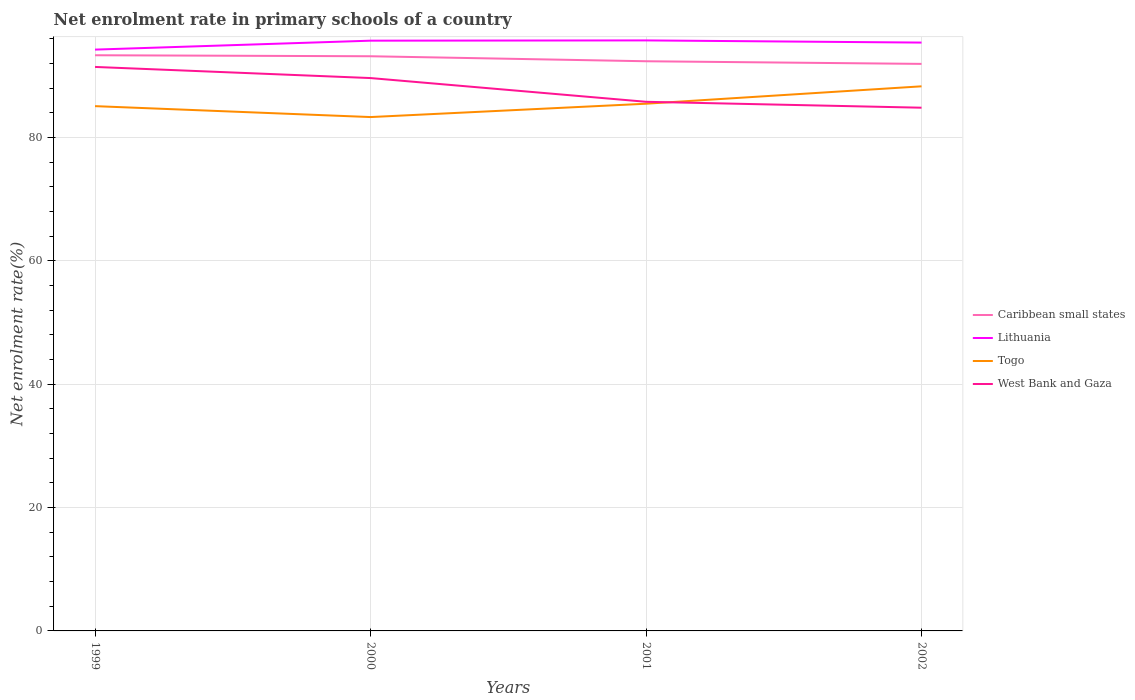
| Years | Caribbean small states | Lithuania | Togo | West Bank and Gaza |
 | --- | --- | --- | --- | --- |
 | 1999 | 93.3 | 94.2 | 85.1 | 91.4 |
 | 2000 | 93.1 | 95.7 | 83.3 | 89.6 |
 | 2001 | 92.3 | 95.7 | 85.5 | 85.8 |
 | 2002 | 91.9 | 95.4 | 88.3 | 84.8 |